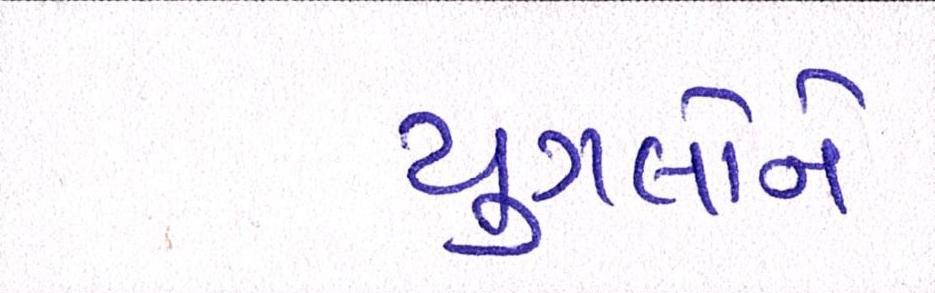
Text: યુગલોને